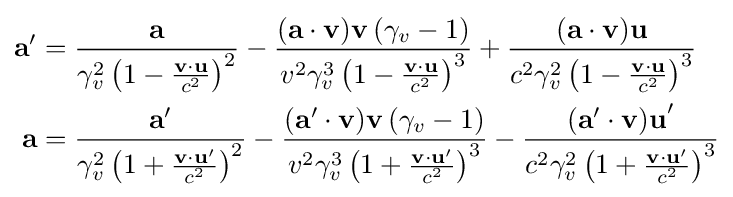
{\begin{aligned}\mathbf {a} '&={\frac {\mathbf {a} }{\gamma _{v}^{2}\left(1-{\frac {\mathbf {v\cdot u} }{c^{2}}}\right)^{2}}}-{\frac {\mathbf {(a\cdot v)v} \left(\gamma _{v}-1\right)}{v^{2}\gamma _{v}^{3}\left(1-{\frac {\mathbf {v\cdot u} }{c^{2}}}\right)^{3}}}+{\frac {\mathbf {(a\cdot v)u} }{c^{2}\gamma _{v}^{2}\left(1-{\frac {\mathbf {v\cdot u} }{c^{2}}}\right)^{3}}}\\\mathbf {a} &={\frac {\mathbf {a} '}{\gamma _{v}^{2}\left(1+{\frac {\mathbf {v\cdot u} '}{c^{2}}}\right)^{2}}}-{\frac {\mathbf {(a'\cdot v)v} \left(\gamma _{v}-1\right)}{v^{2}\gamma _{v}^{3}\left(1+{\frac {\mathbf {v\cdot u} '}{c^{2}}}\right)^{3}}}-{\frac {\mathbf {(a'\cdot v)u} '}{c^{2}\gamma _{v}^{2}\left(1+{\frac {\mathbf {v\cdot u} '}{c^{2}}}\right)^{3}}}\end{aligned}}